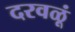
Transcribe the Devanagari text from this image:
दरवळूं